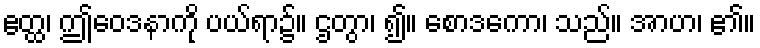
ဧတ္ထ၊ ဤဝေဒနာကို ပယ်ရာ၌။ ဌတွာ၊ ၍။ စောဒကော၊ သည်။ အာဟ၊ ၏။